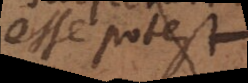
esse potest